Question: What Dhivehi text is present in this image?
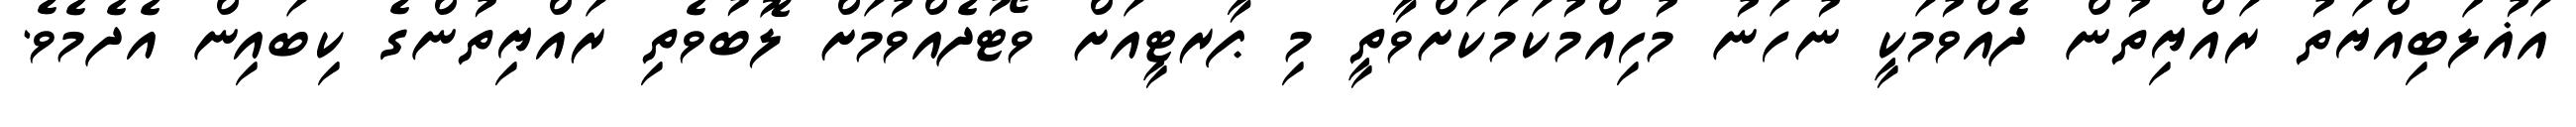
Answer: އަޣުލަބިއްޔަތު ރައްޔިތުން ދެއްވުމަކީ ނުހަނު މުހިއްމުކަމަކަށްވާތީ މި ޕާރޓީއަށް ވޯޓުދެއްވުމަށް ލޮބުވެތި ރައްޔިތުންގެ ކިބައިން އެދެމެވެ.